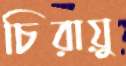
চিরায়ু